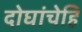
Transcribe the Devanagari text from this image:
दोघांचेहि